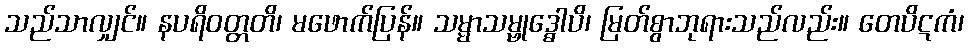
သည်သာလျှင်။ နပရိဝတ္တတိ၊ မဖောက်ပြန်။ သမ္မာသမ္ဗုဒ္ဓေါပိ၊ မြတ်စွာဘုရားသည်လည်း။ တေပိဋကံ၊